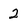
Character: 2